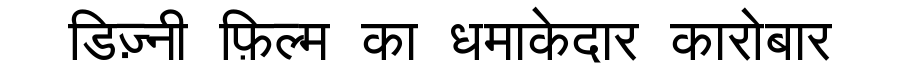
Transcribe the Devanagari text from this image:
डिज़्नी फ़िल्म का धमाकेदार कारोबार